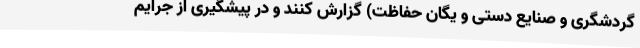
گردشگری و صنایع دستی و یگان حفاظت) گزارش کنند و در پیشگیری از جرایم